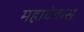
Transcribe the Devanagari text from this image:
महादेवास